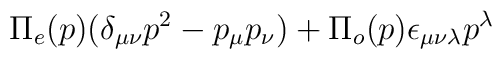
\Pi_e (p)(\delta_{\mu \nu} p^2 - p_\mu p_\nu)+ \Pi_o (p)\epsilon_{\mu \nu \lambda}p^\lambda